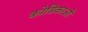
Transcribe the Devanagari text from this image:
कोबिकाओं